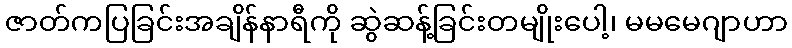
ဇာတ်ကပြခြင်းအချိန်နာရီကို ဆွဲဆန့်ခြင်းတမျိုးပေါ့၊ မမမေဂျာဟာ